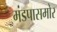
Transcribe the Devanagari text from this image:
मंडपासमोर